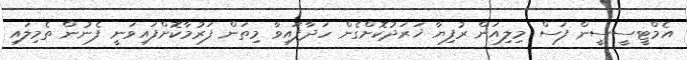
އެމްޓީސީސީން ފަސް މިލިއަން ރުފިޔާ ޚަރަދުކޮށްގެން ހަދާފައިވާ މިތަން ފަރުމާކޮށްފައިވަނީ ފެނުން ތެމިލައި